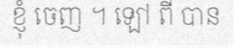
ខ្ញុំ ចេញ ។ ឡៅ ពី បាន